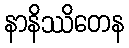
နာနိဿိတေန